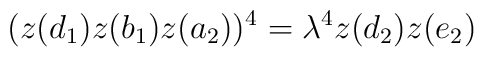
(z(d_1) z(b_1) z(a_2))^4 = \lambda^4 z(d_2) z(e_2)